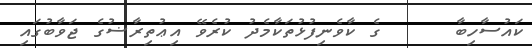
ކައުސާހިބާ     ގެ ކާވެނިފުޅުތަކާމެދު ކުރެވޭ އިޢުތިރާޟުގެ ޖަވާބުގައި